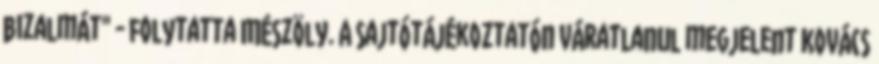
bizalmát" - folytatta Mészöly. A sajtótájékoztatón váratlanul megjelent Kovács